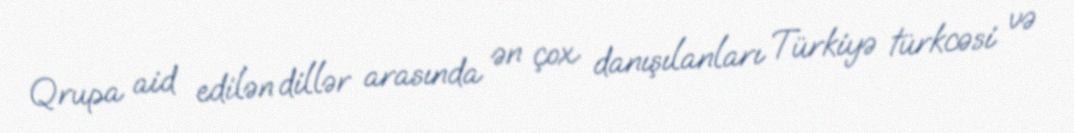
Qrupa aid edilən dillər arasında ən çox danışılanları Türkiyə türkcəsi və